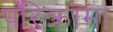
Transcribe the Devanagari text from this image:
परिक्रामा